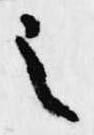
之